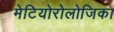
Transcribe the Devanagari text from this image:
मेटियोरोलोजिका